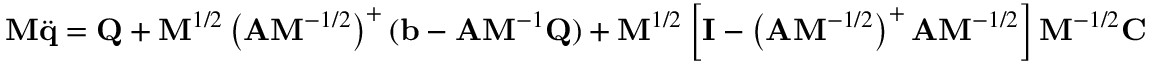
\mathbf { M } { \ddot { \mathbf { q } } } = \mathbf { Q } + \mathbf { M } ^ { 1 / 2 } \left( \mathbf { A } \mathbf { M } ^ { - 1 / 2 } \right) ^ { + } ( \mathbf { b } - \mathbf { A } \mathbf { M } ^ { - 1 } \mathbf { Q } ) + \mathbf { M } ^ { 1 / 2 } \left[ \mathbf { I } - \left( \mathbf { A } \mathbf { M } ^ { - 1 / 2 } \right) ^ { + } \mathbf { A } \mathbf { M } ^ { - 1 / 2 } \right] \mathbf { M } ^ { - 1 / 2 } \mathbf { C }